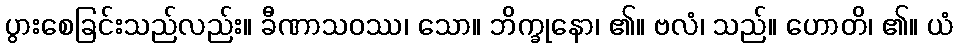
ပွားစေခြင်းသည်လည်း။ ခီဏာသဝဿ၊ သော။ ဘိက္ခုနော၊ ၏။ ဗလံ၊ သည်။ ဟောတိ၊ ၏။ ယံ